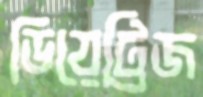
ডিয়েট্রিজ